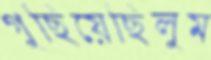
গুছিয়েছিলুম